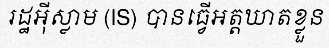
រដ្ឋអ៊ីស្លាម (IS) បានធ្វើអត្តឃាតខ្លួន